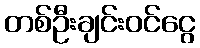
တစ်ဦးချင်းဝင်ငွေ